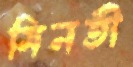
মিনতী